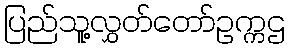
ပြည်သူ့လွှတ်တော်ဥက္ကဌ